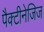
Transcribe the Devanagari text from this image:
पैक्टीनेजिज